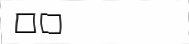
٢٥